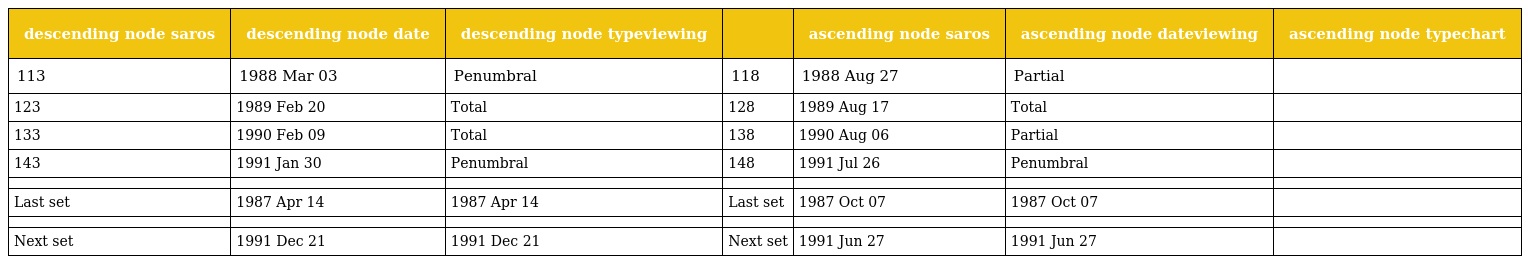
| descending node saros | descending node date | descending node typeviewing |  | ascending node saros | ascending node dateviewing | ascending node typechart |
 | --- | --- | --- | --- | --- | --- | --- |
 | 113 | 1988 Mar 03 | Penumbral | 118 | 1988 Aug 27 | Partial |  |
 | 123 | 1989 Feb 20 | Total | 128 | 1989 Aug 17 | Total |  |
 | 133 | 1990 Feb 09 | Total | 138 | 1990 Aug 06 | Partial |  |
 | 143 | 1991 Jan 30 | Penumbral | 148 | 1991 Jul 26 | Penumbral |  |
 |  |  |  |  |  |  |  |
 | Last set | 1987 Apr 14 | 1987 Apr 14 | Last set | 1987 Oct 07 | 1987 Oct 07 |  |
 |  |  |  |  |  |  |  |
 | Next set | 1991 Dec 21 | 1991 Dec 21 | Next set | 1991 Jun 27 | 1991 Jun 27 |  |